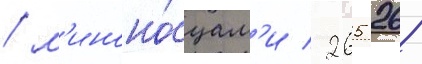
/ м'иноно́сцам'и 265 268